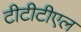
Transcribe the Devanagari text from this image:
टीटीटीएल